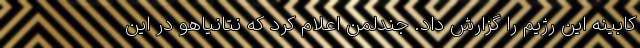
کابینه این رژیم را گزارش داد. جندلمن اعلام کرد که نتانیاهو در این